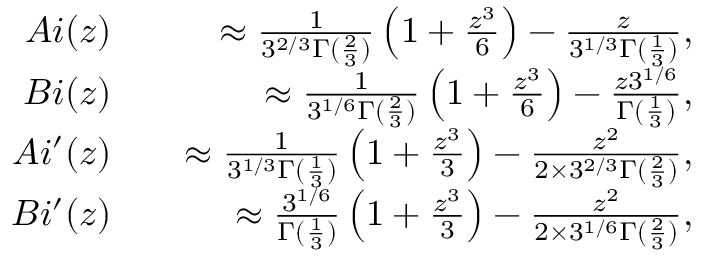
\begin{array} { r l r } { A i ( z ) } & { { } } & { \approx \frac { 1 } { 3 ^ { 2 / 3 } \Gamma ( \frac { 2 } { 3 } ) } \left( 1 + \frac { z ^ { 3 } } { 6 } \right) - \frac { z } { 3 ^ { 1 / 3 } \Gamma ( \frac { 1 } { 3 } ) } , } \\ { B i ( z ) } & { { } } & { \approx \frac { 1 } { 3 ^ { 1 / 6 } \Gamma ( \frac { 2 } { 3 } ) } \left( 1 + \frac { z ^ { 3 } } { 6 } \right) - \frac { z 3 ^ { 1 / 6 } } { \Gamma ( \frac { 1 } { 3 } ) } , } \\ { A i ^ { \prime } ( z ) } & { { } } & { \approx \frac { 1 } { 3 ^ { 1 / 3 } \Gamma ( \frac { 1 } { 3 } ) } \left( 1 + \frac { z ^ { 3 } } { 3 } \right) - \frac { z ^ { 2 } } { 2 \times 3 ^ { 2 / 3 } \Gamma ( \frac { 2 } { 3 } ) } , } \\ { B i ^ { \prime } ( z ) } & { { } } & { \approx \frac { 3 ^ { 1 / 6 } } { \Gamma ( \frac { 1 } { 3 } ) } \left( 1 + \frac { z ^ { 3 } } { 3 } \right) - \frac { z ^ { 2 } } { 2 \times 3 ^ { 1 / 6 } \Gamma ( \frac { 2 } { 3 } ) } , } \end{array}